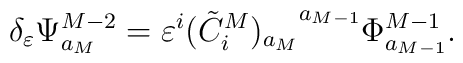
\delta_\varepsilon \Psi^{M-2}_{a_M} =  \varepsilon^i{(\tilde{C}^M_i)_{a_M}}^{a_{M-1}}{\Phi}^{M-1}_{a_{M-1}}.